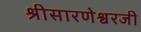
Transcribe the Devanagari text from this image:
श्रीसारणेश्वरजी